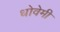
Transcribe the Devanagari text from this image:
धोवेमी